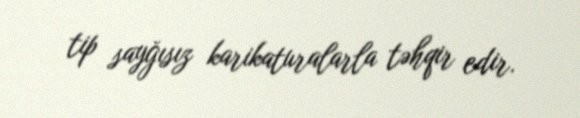
tip sayğısız karikaturalarla təhqir edir.